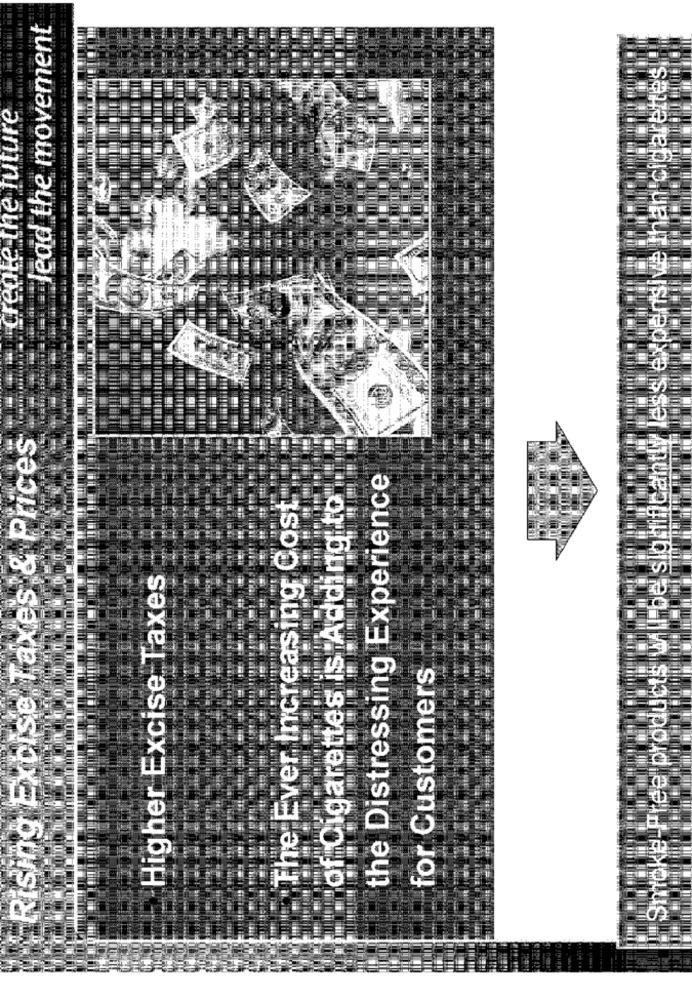
lead the movement
Smoke Free products will be' slo ificantly less expensive than cigarettes!
create the future
Rising Excise Taxes & Prices
the Distressing Experience
The Ever Increasing Cost
of Cigarettes is Adding to
Higher Excise Taxes
for Customers